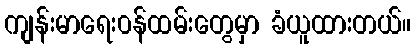
ကျန်းမာရေး၀န်ထမ်းတွေမှာ ခံယူထားတယ်။